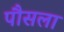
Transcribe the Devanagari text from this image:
पौसला